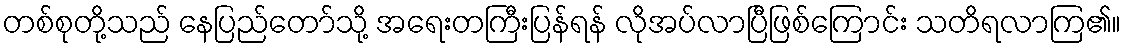
တစ်စုတို့သည် နေပြည်တော်သို့ အရေးတကြီးပြန်ရန် လိုအပ်လာပြီဖြစ်ကြောင်း သတိရလာကြ၏။